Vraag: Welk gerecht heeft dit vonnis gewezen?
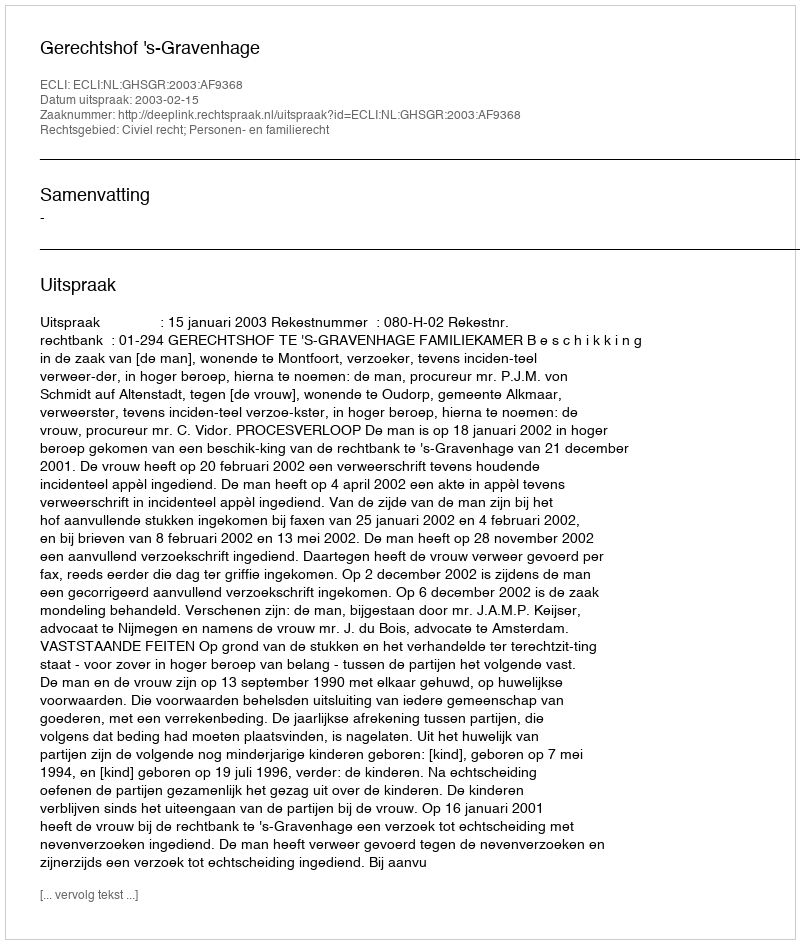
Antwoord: Gerechtshof 's-Gravenhage